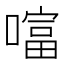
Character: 𠾙